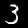
Digit: 3